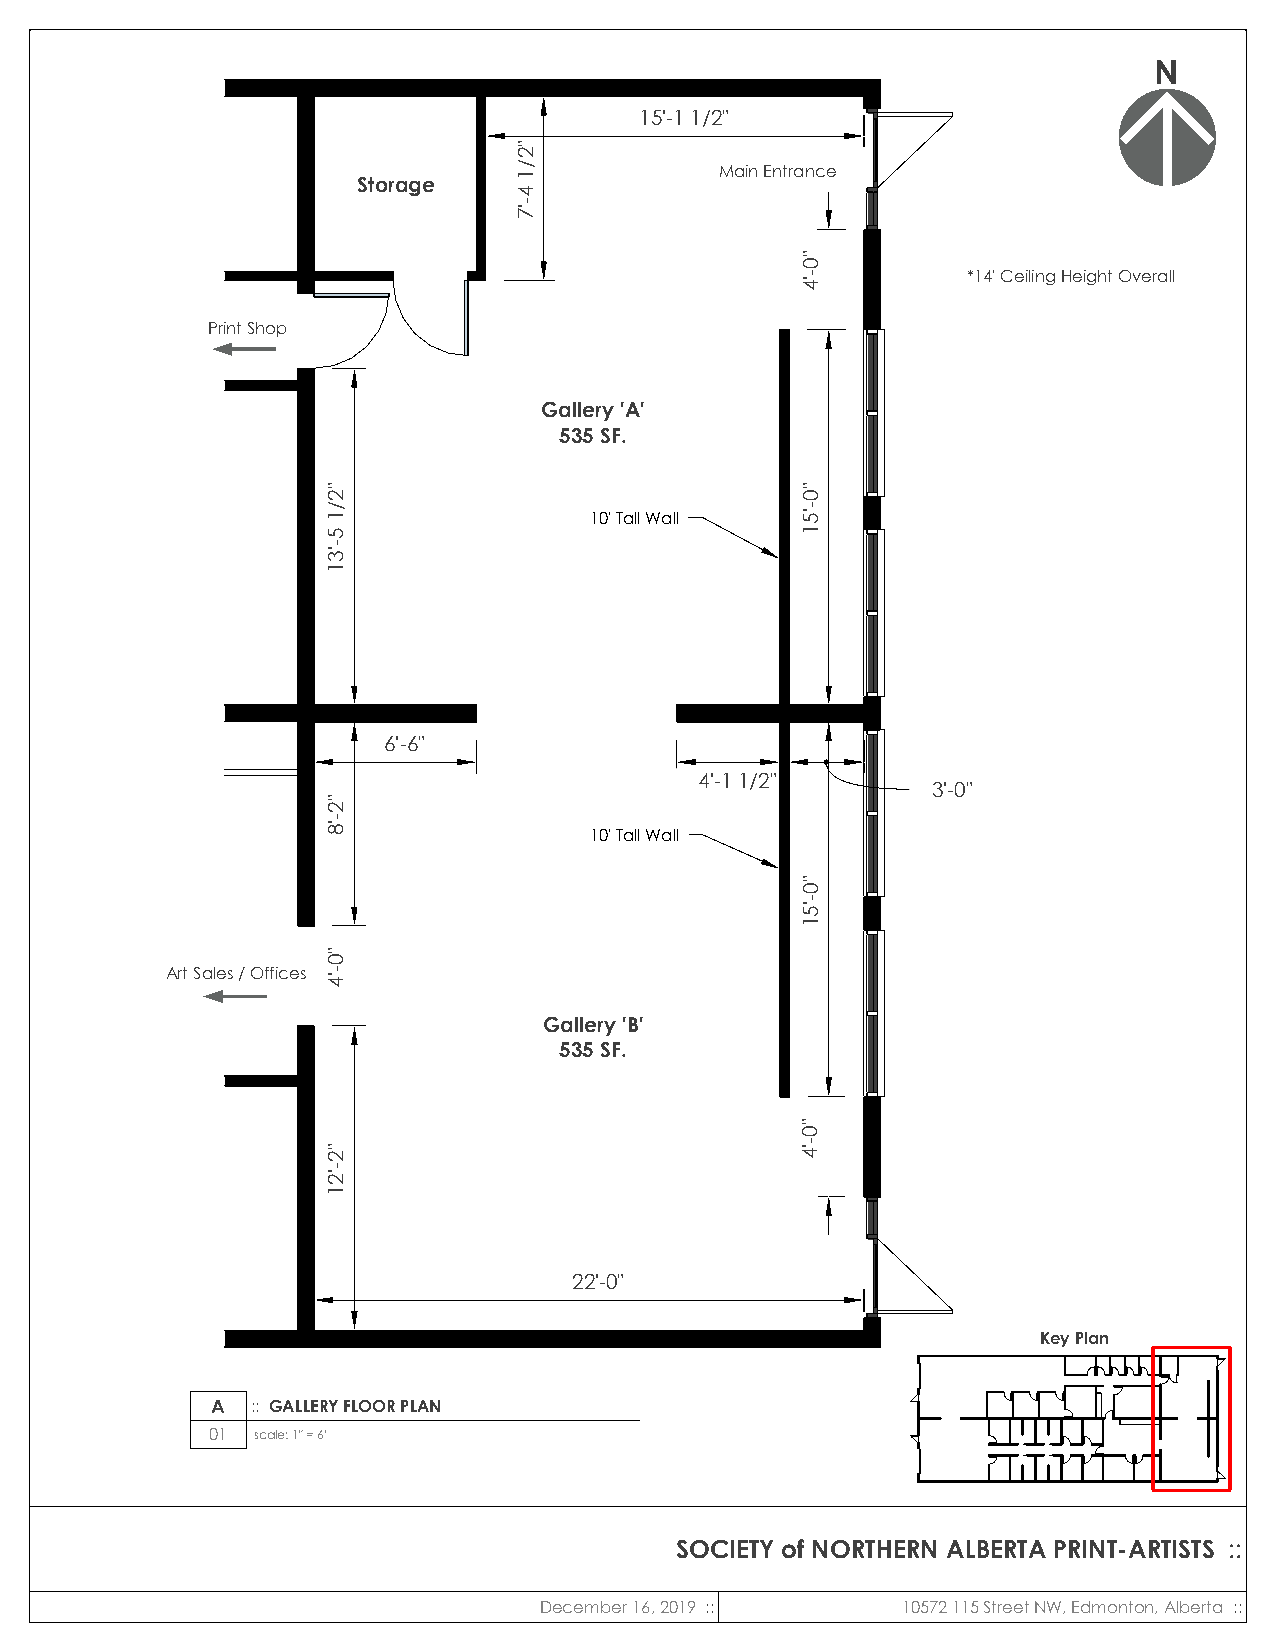
N
 15'-1 1/2"
 Main Entrance
 Storage
 *14' Ceiling Height Overall
 Print Shop
 Gallery 'A'
 535 SF.
 10' Tall Wall
 6'-6"
 4'-1 1/2"
 3'-0"
 10' Tall Wall
 Art Sales / Offices
 Gallery 'B'
 535 SF.
 22'-0"
 Key Plan
 A  :: GALLERY FLOOR PLAN
 01 scale: 1" = 6'
 SOCIETY of NORTHERN ALBERTA PRINT-ARTISTS ::
 December 16, 2019 ::    10572 115 Street NW, Edmonton, Alberta ::
 "2/1
 5-'31
 "2-'8
 "0-'4
 "2-'21
 "2/1
 4-'7
 "0-'4
 "0-'51
 "0-'51
 "0-'4